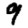
Digit: 9